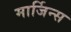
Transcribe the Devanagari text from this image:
मार्जिन्स